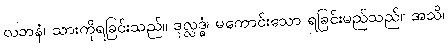
လဘနံ၊ သားကိုရခြင်းသည်။ ဒုလ္လဒ္ဓံ၊ မကောင်းသော ရခြင်းမည်သည်။ အသိ၊